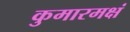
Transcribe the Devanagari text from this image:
कुमारमक्षं